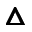
\pmb { \triangle }